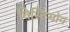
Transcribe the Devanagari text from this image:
विस्टियोन